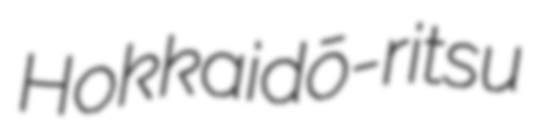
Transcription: Hokkaidō-ritsu